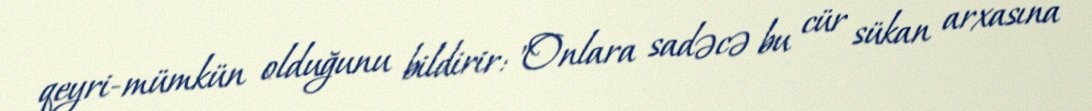
qeyri-mümkün olduğunu bildirir: "Onlara sadəcə bu cür sükan arxasına